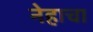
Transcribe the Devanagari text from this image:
नेहाचा